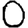
Digit: 0